Annual statistical returns and brief notes on vaccination in Bengal - 1909-1929
Year: 1909
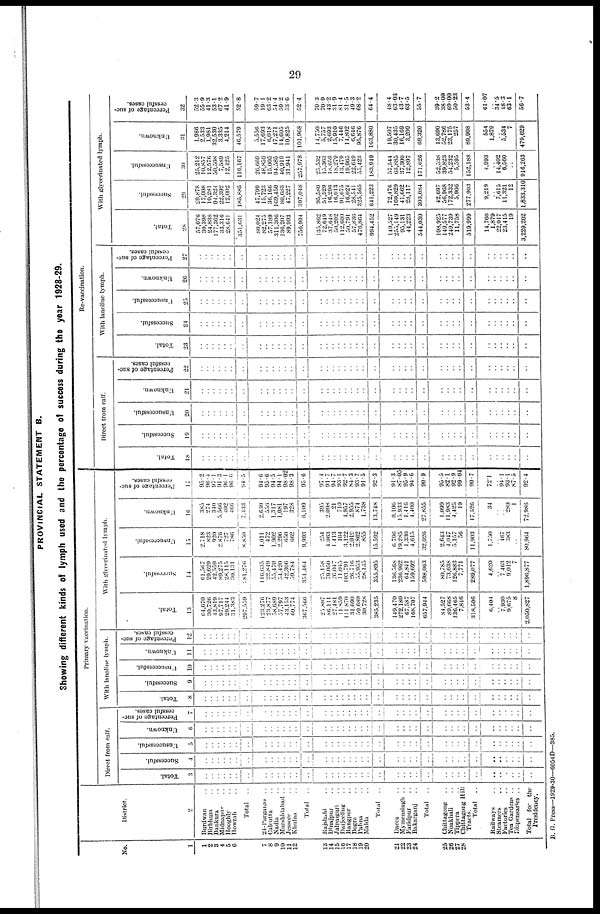
29
PROVINCIAL STATEMENT B.
Showing different kinds of lymph used and the percentage of success during the year 1928-29.
No.
1
1
2
3
4
5
6
7
8
9
10
11
12
13
14
15
16
17
18
19
20
21
22
23
24
25
26
27
28
District.
2
Burdwan ..
Birbhum ..
Bankura ..
Midnapur ..
Hooghly ..
Howrah ..
Total ..
24-Parganas ..
Calcutta ..
Nadia ..
Murshidabad ..
Jessore ..
Khulna ..
Total ..
Rajshahi ..
Dinajpur ..
Jalpaiguri ..
Darjeeling ..
Rangpur ..
Bogra ..
Pabna ..
Malda ..
Total ..
Dacca ..
Mymensimgh ..
Faridpur ..
Bakarganj ..
Total
..
Chittagomg ..
Noakhali ..
Tippera ..
Chittagong Hill
Tracts
Total ..
Railways ..
Steamers ..
Factories ..
Tea Gardens ..
Dispensaries ..
Total for the
Presidency.
Primary vaccination.
Direct from calf.
Total.
3
..
..
..
..
..
..
..
..
..
..
..
..
..
..
..
..
..
..
..
..
..
..
..
..
..
..
..
..
..
..
..
..
..
..
..
..
..
..
..
Successful.
4
..
..
..
..
..
..
..
..
..
..
..
..
..
..
..
..
..
..
..
..
..
..
..
..
..
..
..
..
..
..
..
..
..
..
..
..
..
..
..
Unsuccessful.
5
..
..
..
..
..
..
..
..
..
..
..
..
..
..
..
..
..
..
..
..
..
..
..
..
..
..
..
..
..
..
..
..
..
..
..
..
..
..
..
Unknown.
6
..
..
..
..
..
..
..
..
..
..
..
..
..
..
..
..
..
..
..
..
..
..
..
..
..
..
..
..
..
..
..
..
..
..
..
..
..
..
..
Percentage of suc-
cessful cases.
7
..
..
..
..
..
..
..
..
..
..
..
..
..
..
..
..
..
..
..
..
..
..
..
..
..
..
..
..
..
..
..
..
..
..
..
..
..
..
..
With lanoline lymph.
Total.
8
..
..
..
..
..
..
..
..
..
..
..
..
..
..
..
..
..
..
..
..
..
..
..
..
..
..
..
..
..
..
..
..
..
..
..
..
..
..
..
Successful.
9
..
..
..
..
..
..
..
..
..
..
..
..
..
..
..
..
..
..
..
..
..
..
..
..
..
..
..
..
..
..
..
..
..
..
..
..
..
..
..
Unsuccessful.
10
..
..
..
..
..
..
..
..
..
..
..
..
..
..
..
..
..
..
..
..
..
..
..
..
..
..
..
..
..
..
..
..
..
..
..
..
..
..
..
Unknown.
11
..
..
..
..
..
..
..
..
..
..
..
..
..
..
..
..
..
..
..
..
..
..
..
..
..
..
..
..
..
..
..
..
..
..
..
..
..
..
..
Percentage of suc-
cessful cases.
12
..
..
..
..
..
..
..
..
..
..
..
..
..
..
..
..
..
..
..
..
..
..
..
..
..
..
..
..
..
..
..
..
..
..
..
..
..
..
..
With glycerinated lymph.
Total.
13
64,670
30,726
43,819
97,717
29,244
31,383
297,559
123,276
23,877
58,689
57,797
43,153
60,774
367,566
25,807
86,111
27,481
11,859
111,870
31,690
59,689
30,728
385,235
149,470
272,180
67,587
168,707
657,944
84,527
.. 136,465
7,846
318,506
6,404
.. 7,930
9,675
8
2,050,827
Successful.
14
61,567
29,629
42,559
89,275
28,115
30,131
81,276
116,635
22,849
55,470
54,420
42,300
59,784
351,464
25,158
79,050
26,047
11,045
103,791
26,716
55,953
28,135
355,895
136,568
236,962
64,841
159,692
598,063
80,785
73,638
126,883
7,771
289,077
4,620
.. 7,463
9,012
7
1,896,877
Unsuccessful.
15
2,718
823
920
2,870
727
786
8,850
4,011
472
1,902
2,296
650
662
9,993
254
4,963
1,413
104
3,122
2,019
2,862
855
15,592
6,796
19,285
1,330
4,615
32,026
2,643
4,047
5,157
56
11,903
1,750
.. 467
383
..
80,964
Unknown.
16
385
274
340
5,566
402
466
7,433
2,630
556
1,317
1,081
197
328
6,109
395
2,098
21
710
4,957
2,955
874
1,738
13,748
6,106
15,933
1,416
4,400
27,855
1,099
11,983
4,425
19
17,526
34
..
.. 280
1
72,986
Percentage of suc-
cessful cases.
17
95.2
96.4
97.1
91.3
96.1
96.6
94.5
94.6
95.6
94.5
94.1
98.02
98.3
95.6
97.4
91.7
94.7
93.1
92.7
84.3
93.7
91.5
92.3
91.3
87.05
95.9
94.0
90.9
95.5
82.1
92.9
99.04
90.7
72.1
.. 94.1
93.1
87.5
92.4
Re-vaccination.
Direct from calf.
Total.
18
..
..
..
..
..
..
..
..
..
..
..
..
..
..
..
..
..
..
..
..
..
..
..
..
..
..
..
..
..
..
..
..
..
..
..
..
..
..
..
Successful.
19
..
..
..
..
..
..
..
..
..
..
..
..
..
..
..
..
..
..
..
..
..
..
..
..
..
..
..
..
..
..
..
..
..
..
..
..
..
..
..
Unsuccessful.
20
..
..
..
..
..
..
..
..
..
..
..
..
..
..
..
..
..
..
..
..
..
..
..
..
..
..
..
..
..
..
..
..
..
..
..
..
..
..
..
Unknown.
21
..
..
..
..
..
..
..
..
..
..
..
..
..
..
..
..
..
..
..
..
..
..
..
..
..
..
..
..
..
..
..
..
..
..
..
..
..
..
..
Percentage of suc-
cessful cases.
22
..
..
..
..
..
..
..
..
..
..
..
..
..
..
..
..
..
..
..
..
..
..
..
..
..
..
..
..
..
..
..
..
..
..
..
..
..
..
..
With lanoline lymph.
Total.
23
..
..
..
..
..
..
..
..
..
..
..
..
..
..
..
..
..
..
..
..
..
..
..
..
..
..
..
..
..
..
..
..
..
..
..
..
..
..
..
Successful.
24
..
..
..
..
..
..
..
..
..
..
..
..
..
..
..
..
..
..
..
..
..
..
..
..
..
..
..
..
..
..
..
..
..
..
..
..
..
..
..
Unsuccessful.
25
..
..
..
..
..
..
..
..
..
..
..
..
..
..
..
..
..
..
..
..
..
..
..
..
..
..
..
..
..
..
..
..
..
..
..
..
..
..
..
Unknown.
26
..
..
..
..
..
..
..
..
..
..
..
..
..
..
..
..
..
..
..
..
..
..
..
..
..
..
..
..
..
..
..
..
..
..
..
..
..
..
..
Percentage of suc-
cessful cases.
27
..
..
..
..
..
..
..
..
..
..
..
..
..
..
..
..
..
..
..
..
..
..
..
..
..
..
..
..
..
..
..
..
..
..
..
..
..
..
..
With glycerinated lymph.
Total.
28
57,076
30,398
24,838
177,362
33,316
28,641
351,631
80,024
82,275
57,189
311,306
136,207
89,993
756,994
135,862
72,649
37,648
50,202
112,600
50,791
57,836
476,864
994,452
149,527
255,149
95,131
44,223
544,030
108,925
149,577
249,739
11,758
519,999
14,766
1,879
22,017
23,415
19
3,229,202
Successful.
29
29,878
17,008
10,281
94,324
22,392
12,002
185,885
47,799
15,723
30,166
169,450
80,683
47,227
397,048
95,580
51,529
16,290
10,013
91,675
16,024
28,541
325,565
641,223
72,476
160,829
41,662
28,117
303,084
42,697
56,968
172,332
5,906
277,903
9,219
.. 7,615
11,321
12
1,833,310
Unsuccessful.
30
25,212
10,857
12,570
50,508
7,589
12,425
119,167
26,669
48,859
15,005
94,585
40,919
31,941
257,978
25,532
15,363
18,659
18,279
13,479
19,905
22,649
55,423
183,949
57,544
63,885
37,300
12,897
171,626
52,538
39,823
54,232
5,595
152,188
4,993
.. 14,402
6,560
..
916,263
Unknown.
31
1,986
2,533
1,981
32,530
3,335
4,214
46,579
5,556
17,693
6,018
47,271
14,605
10,825
101,968
14,750
5,757
2,693
15,910
7,446
14,802
6,646
95,876
163,880
19,507
30,435
16,169
3,209
69,320
13,690
52,786
23,175
257
89,908
554
1,870
.. 5,534
7
479,629
Percentage of suc-
cessful cases.
32
52.3
55.9
41.3
53.1
67.2
41.9
52.8
59.7
19.1
63.2
54.4
59.2
53.6
52.4
70.3
70.9
43.2
31.9
81.4
31.5
49.3
68.2
64.4
48.4
63.03
43.7
63.5
55.7
39.2
38.09
69.00
50.23
53.4
61.07
.. 34.5
48.3
63.1
56.7
B. G. Press—1929-30—6054D—385.